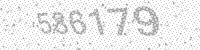
Solution: 586179